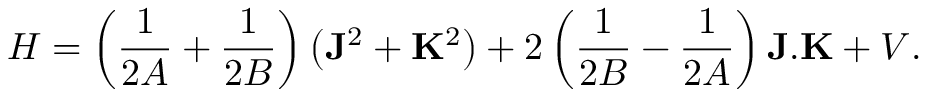
H = \left( \frac { 1 } { 2 A } + \frac { 1 } { 2 B } \right) \left( { \bf J } ^ { 2 } + { \bf K } ^ { 2 } \right) + 2 \left( \frac { 1 } { 2 B } - \frac { 1 } { 2 A } \right) { \bf J } . { \bf K } + V .